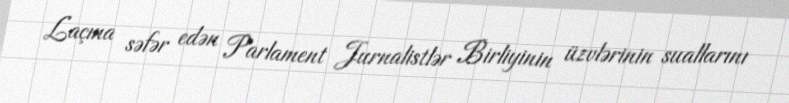
Laçına səfər edən Parlament Jurnalistlər Birliyinin üzvlərinin suallarını